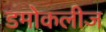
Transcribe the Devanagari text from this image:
डमोकलीज